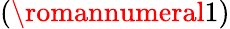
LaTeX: (\romannumeral 1)